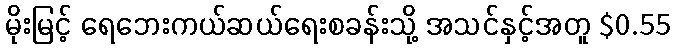
မိုးမြင့် ရေဘေးကယ်ဆယ်ရေးစခန်းသို့ အသင်နှင့်အတူ $0.55